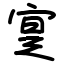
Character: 寔